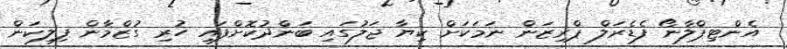
އެންޓިޕްލާނޯ ފެޑެރަލް ޕްރިޒަން ނަމަކަށް ކިޔާ ޖަލުގައި ބަންދުކޮށްފައި ހުރި ގުޒްމާން ފިލިކަން